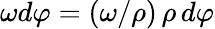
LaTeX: \omega d\varphi=(\omega/\rho)\, \rho\, d\varphi